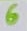
Text: 6